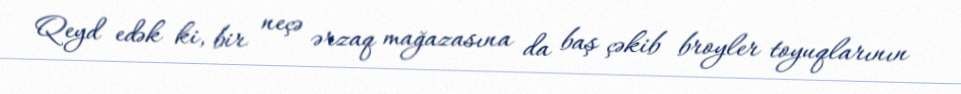
Qeyd edək ki, bir neçə ərzaq mağazasına da baş çəkib broyler toyuqlarının